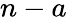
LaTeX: n-a